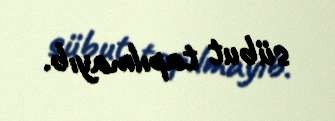
sübut tapılmayıb.